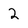
Character: 2